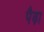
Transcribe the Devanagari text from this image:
पैढ़ा